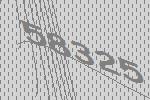
58325